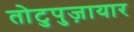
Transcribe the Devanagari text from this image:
तोटुपुज़ायार